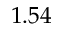
1 . 5 4